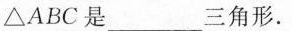
△ABC是___三角形。